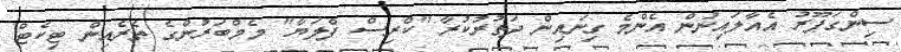
ސިންގަޕޫރު އެއާލައިނުން އެންމެ ގިނައިން ދަތުރުކުރާ "ކްރިސް ފްލަޔާ" މެމްބަރުންގެ ތެރެއިން ޓިކެޓް